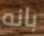
بانه